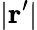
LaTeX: |\mathbf{r^{\prime}}|